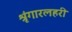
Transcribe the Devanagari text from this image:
श्रृंगारलहरी